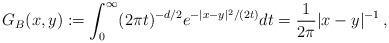
LaTeX: \begin{align*}G_B(x,y):=\int_0^\infty (2\pi t)^{-d/2} e^{-|x-y|^2/(2t)} dt=\frac{1}{2\pi}|x-y|^{-1} \,,\end{align*}